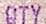
QTY